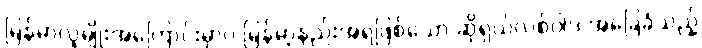
မြန်မာလူမျိုးအကြောင်းမှာပဲ မြန်မာ့နည်းအရဖြစ်သော ဆိုရှယ်လစ်ဝါဒ အခြေခံသည့်